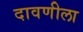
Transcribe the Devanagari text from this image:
दावणीला